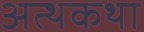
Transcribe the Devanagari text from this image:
अत्थकथा